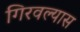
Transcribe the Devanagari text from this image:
गिरवल्यास